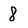
Character: 8